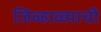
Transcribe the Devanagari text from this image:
जिव्हाळ्याची